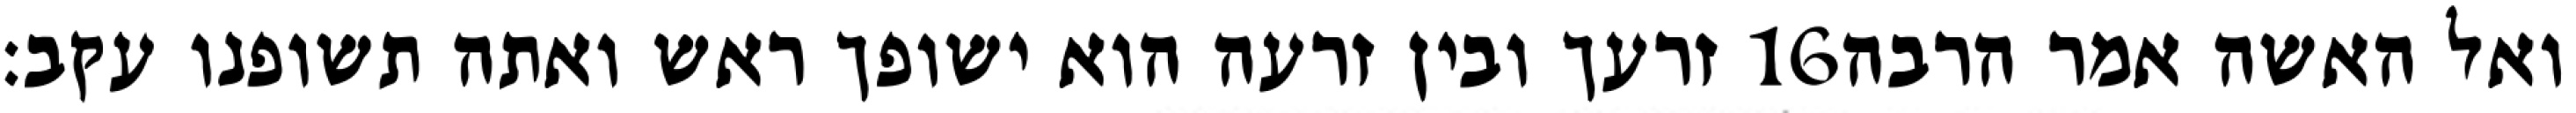
זרעך ובין זרעה הוא ישופך ראש ואתה תשופנו עקב׃ ‎16‏ ואל האשה אמר הרבה